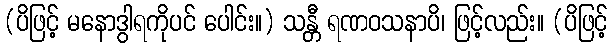
(ပိဖြင့် မနောဒွါရကိုပင် ပေါင်း။) သန္တီ ရဏဝသနာပိ၊ ဖြင့်လည်း။ (ပိဖြင့်